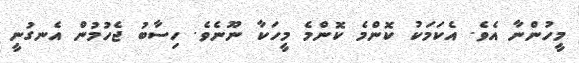
މީހުންނާ އެވެ. އެކަމަކު ކޮންމެ ކޮންމެ މީހަކާ ނޫނެވެ. ހިސާބު ޖެހުމުން އެނގުނީ